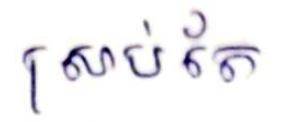
ស្រាប់តែ